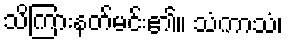
သိကြားနတ်မင်း၏။ သံကာသံ၊